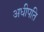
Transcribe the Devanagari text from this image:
अधीपति